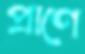
প্রাণে